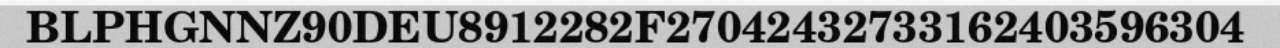
BLPHGNNZ90DEU8912282F27042432733162403596304